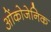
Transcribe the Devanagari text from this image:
ओंकोजेनिक